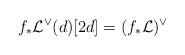
LaTeX: \begin{align*}f_* \mathcal L^\vee (d)[2d] = (f_* \mathcal L)^\vee\end{align*}